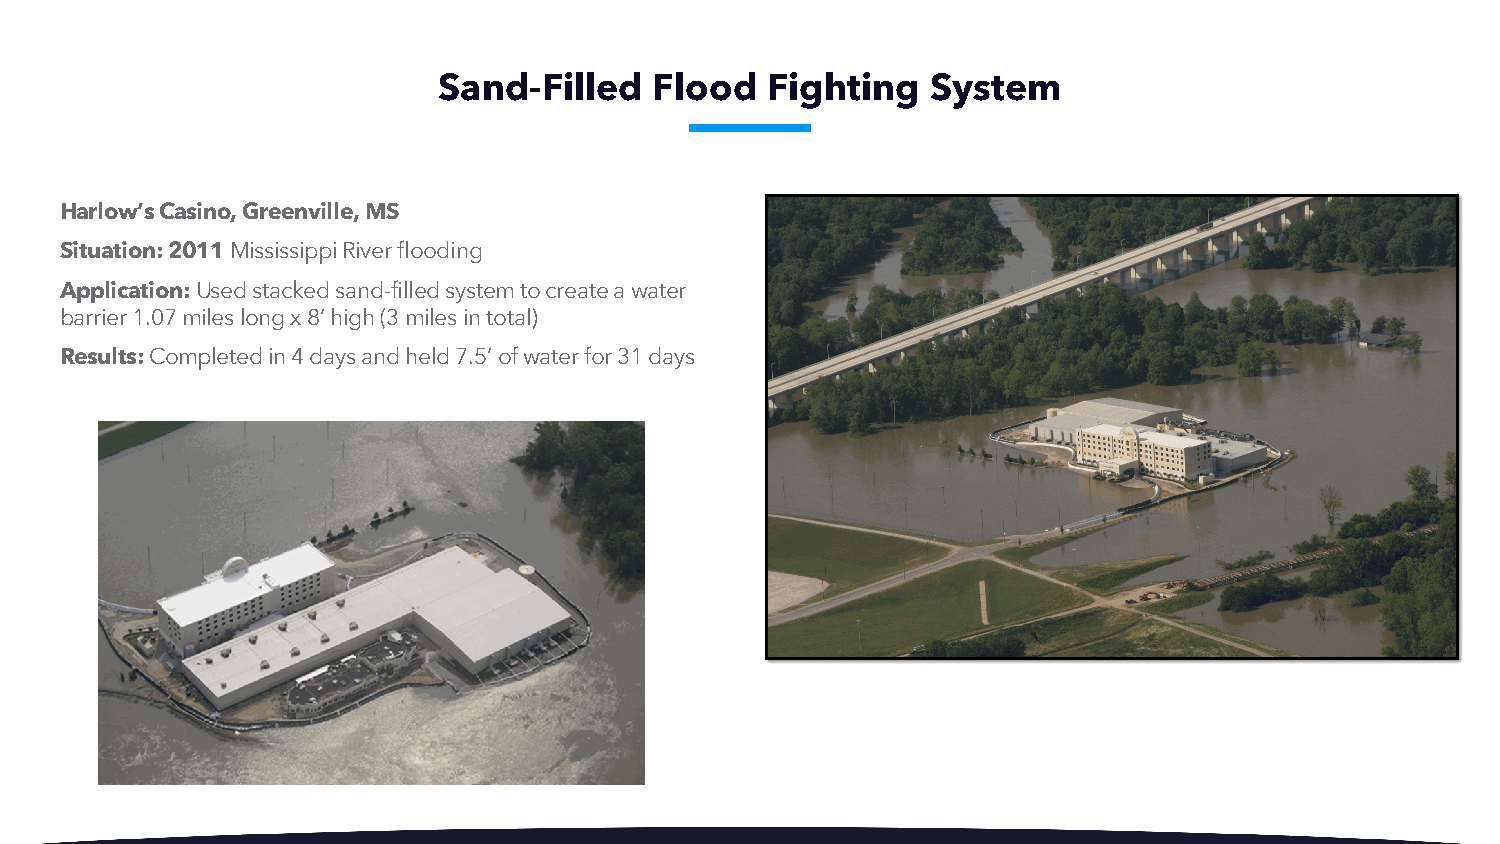
Sand-Filled   Flood   Fighting   System
 Harlow’s Casino, Greenville, MS
 Situation: 2011 Mississippi River flooding
 Application: Used stacked sand-filled system to create a water
 barrier 1.07 miles long x 8’ high (3 miles in total)
 Results: Completed in 4 days and held 7.5’ of water for 31 days